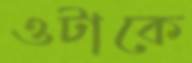
ওটাকে